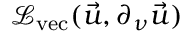
\mathcal { L } _ { \mathrm { v e c } } ( \vec { u } , \partial _ { \nu } \vec { u } )